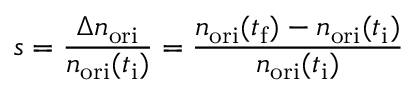
s = \frac { \Delta n _ { \mathrm { o r i } } } { n _ { \mathrm { o r i } } ( t _ { \mathrm { i } } ) } = \frac { n _ { \mathrm { o r i } } ( t _ { \mathrm { f } } ) - n _ { \mathrm { o r i } } ( t _ { \mathrm { i } } ) } { n _ { \mathrm { o r i } } ( t _ { \mathrm { i } } ) }